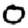
Digit: 0